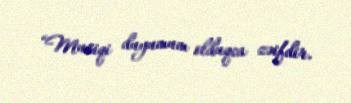
“Musiqi duyumum olduqca zəifdir.